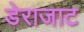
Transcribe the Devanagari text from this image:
डेराजाट